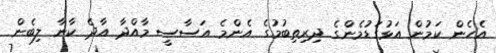
އެހެން ކަމުން އަޅުގަޑުމެންގެ ދިރިތިބުމުގެ އެންމެ އަސާސީ މާއްދާ އާދެ ކާނާ ލިބެން